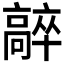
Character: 𩫛